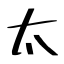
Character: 太